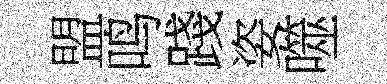
盟鸣踐姿噬